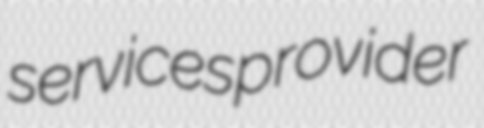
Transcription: services provider